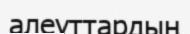
алеуттардың